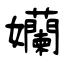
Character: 孏